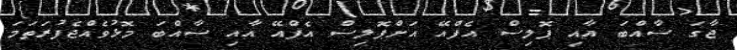
ޖާގަ ސާއްބަ އާއި ޕޮލިސް އެފްއޭ އަށްޕޮލިސް އެފްއޭ އާއި ސާއްބަ މޮޅުވެއްޖެފުރަތަމަ